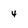
Character: 4